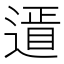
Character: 䢥